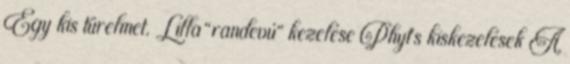
Egy kis türelmet. Lilla “randevú” kezelése Phyt’s kiskezelések A